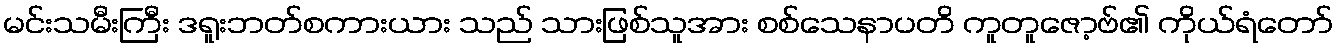
မင်းသမီးကြီး ဒရူးဘတ်စကားယား သည် သားဖြစ်သူအား စစ်သေနာပတိ ကူတူဇော့ဗ်၏ ကိုယ်ရံတော်